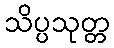
သိပ္ပသုတ္တ